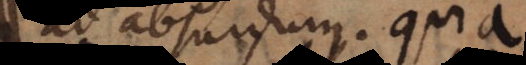
ad absurdum. Quia